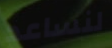
لنساعد